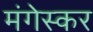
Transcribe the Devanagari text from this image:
मंगेस्कर